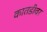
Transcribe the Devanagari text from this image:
कातडीवर